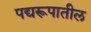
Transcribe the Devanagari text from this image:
पद्यरूपातील